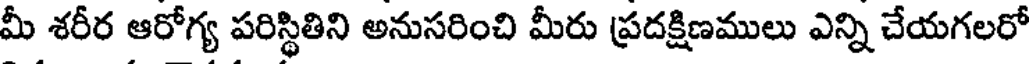
మీ శరీర ఆరోగ్య పరిస్థితిని అనుసరించి మీరు ప్రదక్షిణములు ఎన్ని చేయగలరో